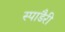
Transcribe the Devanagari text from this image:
स्पाडैरी